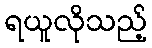
ရယူလိုသည့်